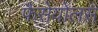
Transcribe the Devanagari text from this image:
फैसेयोलस